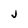
Character: j